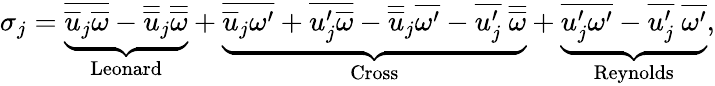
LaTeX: \sigma_{j}=\underbrace{\overline{{\overline{{u}}_{j}\overline{{\omega}}}}-\overline{{\overline{{u}}}}_{j}\overline{{\overline{{\omega}}}}}_{\mathrm{Leonard}}+\underbrace{\overline{{\overline{{u}}_{j}\omega^{\prime}}}+\overline{{u_{j}^{\prime}\overline{{\omega}}}}-\overline{{\overline{{u}}}}_{j}\overline{{\omega^{\prime}}}-\overline{{u_{j}^{\prime}}}~\overline{{\overline{{\omega}}}}}_{\mathrm{Cross}}+\underbrace{\overline{{u_{j}^{\prime}\omega^{\prime}}}-\overline{{u_{j}^{\prime}}}~\overline{{\omega^{\prime}}}}_{\mathrm{Reynolds}},